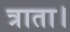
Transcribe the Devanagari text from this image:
त्राता।